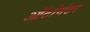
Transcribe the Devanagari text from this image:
ऑटोमेटर